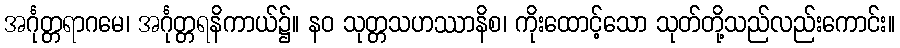
အင်္ဂုတ္တရာဂမေ၊ အင်္ဂုတ္တရနိကာယ်၌။ နဝ သုတ္တသဟဿာနိစ၊ ကိုးထောင့်သော သုတ်တို့သည်လည်းကောင်း။